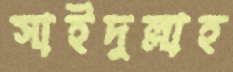
সাইদুল্লাহ